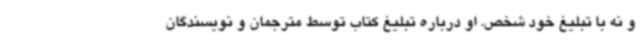
و نه با تبلیغ خود شخص. او درباره تبلیغ کتاب توسط مترجمان و نویسندگان